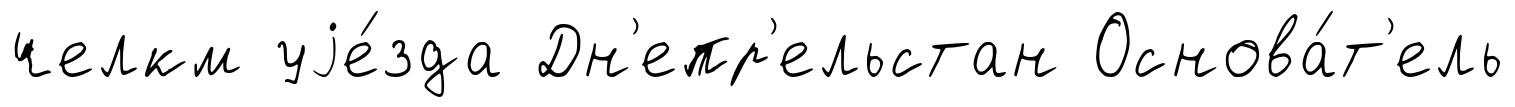
челкм уjе́зда Дн'епр'ельстан Основа́т'ель